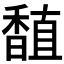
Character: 𫗾